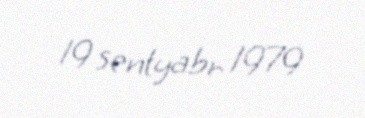
19 sentyabr 1979